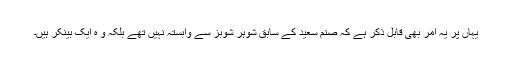
یہاں پر یہ امر بھی قابل ذکر ہے کہ صنم سعید کے سابق شوہر شوبز سے وابستہ نہیں تھے بلکہ و ہ ایک بینکر ہیں۔